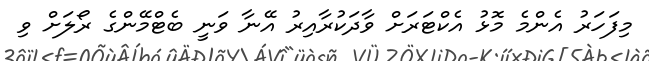
މިފަހަރު އެންމެ މޮޅު އެކްޓަރަށް ވާދަކުރާއިރު އޭނާ ވަނީ ބެޓްމޭންގެ ރޯލަށް ވި